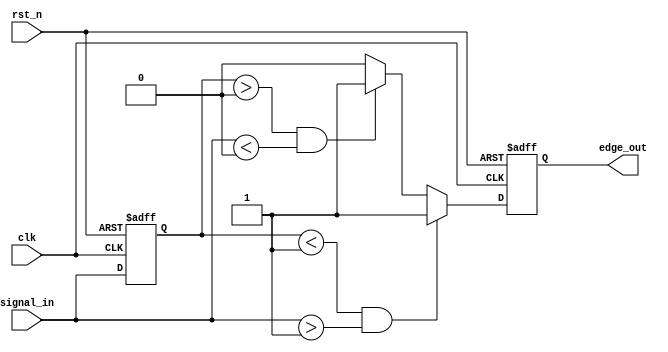
module SchmittTriggerEdgeDetector (
    input wire clk,              // Clock input
    input wire rst_n,            // Active low reset
    input wire signal_in,        // Input signal to detect edges
    output reg edge_out          // Output signal indicating edge detection
);

    // Parameters for Hysteresis levels (thresholds)
    parameter TH_POS = 1'b1;     // Upper threshold (TH+)
    parameter TH_NEG = 1'b0;     // Lower threshold (TH-)

    reg prev_state;               // Previous state of the input signal

    // Edge detection logic with hysteresis
    always @(posedge clk or negedge rst_n) begin
        if (!rst_n) begin
            prev_state <= 1'b0;   // Reset previous state
            edge_out <= 1'b0;     // Reset output signal
        end else begin
            // Check for rising edge
            if (prev_state < TH_POS && signal_in > TH_POS) begin
                edge_out <= 1'b1;   // Rising edge detected
            end
            // Check for falling edge
            else if (prev_state > TH_NEG && signal_in < TH_NEG) begin
                edge_out <= 1'b1;   // Falling edge detected
            end
            // No edge detected, keep edge_out low
            else begin
                edge_out <= 1'b0;    // Clear edge output for the next clock cycle
            end
            
            // Update previous state
            prev_state <= signal_in; 
        end
    end

endmodule